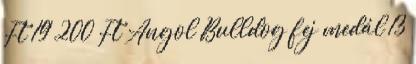
Ft 19 200 Ft Angol Bulldog fej medál 13